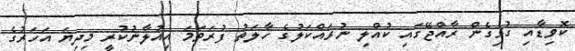
ކޮވިޑާއި ގުޅިގެން ރާއްޖޭގައި ކުއްލި ނުރައްކަލުގެ ހާލަތު ފުރަތަމަ އިއުލާނުކުރީ މިދިޔަ އަހަރުގެ